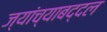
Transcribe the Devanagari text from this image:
ज्यांच्याबद्दल